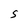
Character: S